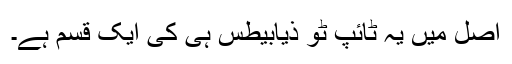
اصل میں یہ ٹائپ ٹو ذیابیطس ہی کی ایک قسم ہے۔